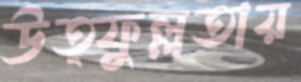
উত্ফুল্লতায়